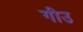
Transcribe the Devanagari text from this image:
गीउ